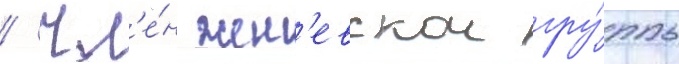
/ чл'е́н жен'евскои гру́ппы